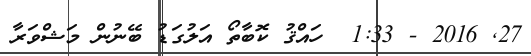
27